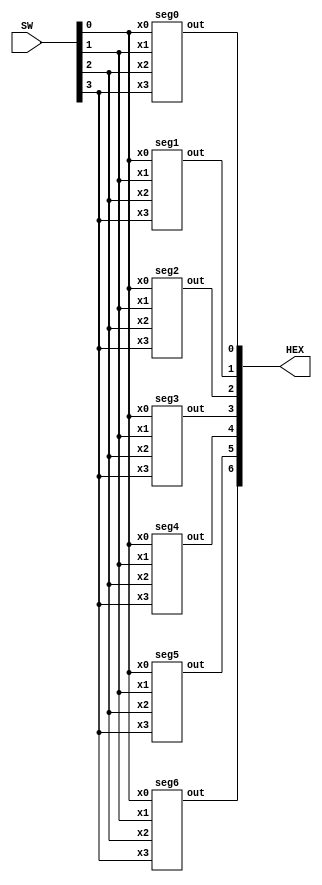
module hexdisplay(SW, HEX);
	input [3:0] SW;
	output [6:0] HEX;
	
	seg0 s0(
		.x0(SW[0]),
		.x1(SW[1]),
		.x2(SW[2]),
		.x3(SW[3]),
		.out(HEX[0])
		);
	
	seg1 s1(
		.x0(SW[0]),
		.x1(SW[1]),
		.x2(SW[2]),
		.x3(SW[3]),
		.out(HEX[1])
		);
	
	seg2 s2(
		.x0(SW[0]),
		.x1(SW[1]),
		.x2(SW[2]),
		.x3(SW[3]),
		.out(HEX[2])
		);
	
	seg3 s3(
		.x0(SW[0]),
		.x1(SW[1]),
		.x2(SW[2]),
		.x3(SW[3]),
		.out(HEX[3])
		);
	
	seg4 s4(
		.x0(SW[0]),
		.x1(SW[1]),
		.x2(SW[2]),
		.x3(SW[3]),
		.out(HEX[4])
		);
	
	seg5 s5(
		.x0(SW[0]),
		.x1(SW[1]),
		.x2(SW[2]),
		.x3(SW[3]),
		.out(HEX[5])
		);
	
	seg6 s6(
		.x0(SW[0]),
		.x1(SW[1]),
		.x2(SW[2]),
		.x3(SW[3]),
		.out(HEX[6])
		);
endmodule
		
module seg0(x0, x1, x2, x3, out);
	 input x0;
	 input x1;
	 input x2;
	 input x3;
	 output out;
	 
	 assign out = (~x0 & x1 & ~x2 & ~x3) | (~x0 & ~x1 & ~x2 & x3) | (x0 & x1 & ~x2 & x3) | (x0 & ~x1 & x2 & x3);
endmodule

module seg1(x0, x1, x2, x3, out);
	 input x0;
	 input x1;
	 input x2;
	 input x3;
	 output out;
	 
	 assign out = (~x0 & x1 & ~x2 & x3) | (x0 & x1 & ~x3) | (x0 & x2 & x3) | (x1 & x2 & ~x3);
endmodule

module seg2(x0, x1, x2, x3, out);
	 input x0;
	 input x1;
	 input x2;
	 input x3;
	 output out;
	 
	 assign out = (~x0 & ~x1 & x2 & ~x3) | (x0 & x1 & x2) | (x0 & x1 & ~x3);
endmodule

module seg3(x0, x1, x2, x3, out);
	 input x0;
	 input x1;
	 input x2;
	 input x3;
	 output out;
	 
	 assign out = (~x0 & x1 & ~x2 & ~x3) | (~x1 & ~x2 & x3) | (x1 & x2 & x3) | (x0 & ~x1 & x2 & ~x3);
endmodule

module seg4(x0, x1, x2, x3, out);
	 input x0;
	 input x1;
	 input x2;
	 input x3;
	 output out;
	 
	 assign out = (~x0 & x1 & ~x2) | (~x1 & ~x2 & x3) | (~x0 & x3);
endmodule

module seg5(x0, x1, x2, x3, out);
	 input x0;
	 input x1;
	 input x2;
	 input x3;
	 output out;
	 
	 assign out = (x0 & x1 & ~x2 & x3) | (~x1 & ~x0 & x3) | (~x0 & ~x1 & x2) | (~x0 & x3 & x2);
endmodule

module seg6(x0, x1, x2, x3, out);
	 input x0;
	 input x1;
	 input x2;
	 input x3;
	 output out;
	 
	 assign out = (x0 & x1 & ~x2 & ~x3) | (x1 & ~x0 & x2 & x3) | (~x0 & ~x1 & ~x2);
endmodule